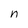
Character: n